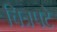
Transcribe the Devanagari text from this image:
चित्रपटे